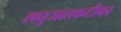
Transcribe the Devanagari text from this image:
लघुजातकटीका